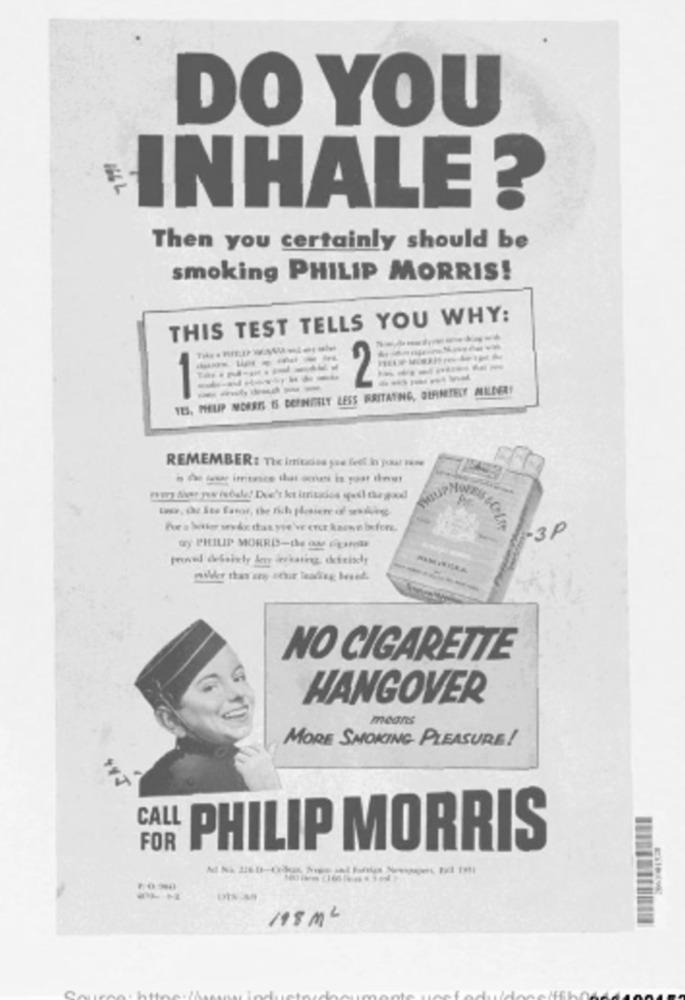
DO YOU
16 2
INHALE ?
Then you certainly should be
smoking PHILIP MORRIS!
THIS TEST TELLS YOU WHY:
-------
-----
-----
YES, PHUP NORRIS IS DEFINITELY LESS IRRITATING, DERNETELY MILDER!
REMEMBER : The imudiss pse Lett in pour une
1-3P
Gy PHILIP MORRIS-the au cpanas
NO CIGARETTE
HANGOVER
means
MORE SMOKING PLEASURE!
CALL
FOR
PHILIP MORRIS
198 ML